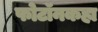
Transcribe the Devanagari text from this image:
फोटॉनकहा